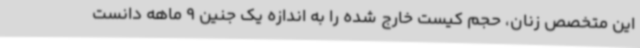
این متخصص زنان، حجم کیست خارج شده را به اندازه یک جنین 9 ماهه دانست